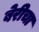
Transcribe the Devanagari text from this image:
बेरीचा